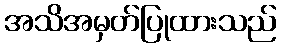
အသိအမှတ်ပြုထားသည်